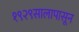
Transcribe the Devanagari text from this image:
१९२९सालापासून